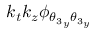
k _ { t } k _ { z } \phi _ { { \theta _ { 3 } } _ { y } { \theta _ { 3 } } _ { y } }